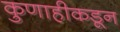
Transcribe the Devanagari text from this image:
कुणाहीकडून